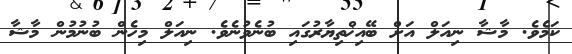
ކަމެވެ. މާޝާ ނިއަލް އަށް ބޭއިޚްތިޔާރުގައި ބުނެވުނެވެ. ނިއަލް މިހެން ބުނުމުން މާޝާ